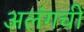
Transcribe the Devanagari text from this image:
अलंगची